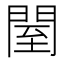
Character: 𨴗